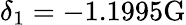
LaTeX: \delta_{1}=-1.1995\mathrm{G}